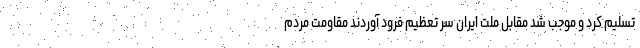
تسلیم کرد و موجب شد مقابل ملت ایران سر تعظیم فرود آوردند مقاومت مردم